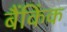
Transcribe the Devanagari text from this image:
बैंकिंक